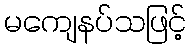
မကျေနပ်သဖြင့်